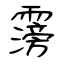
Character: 霶